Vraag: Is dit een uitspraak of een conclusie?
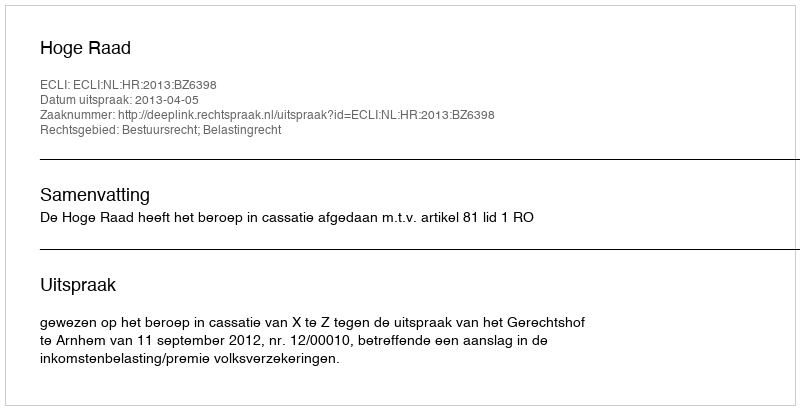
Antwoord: Uitspraak